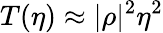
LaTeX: T(\eta)\approx|\rho|^{2}\eta^{2}